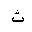
Letter: _tha